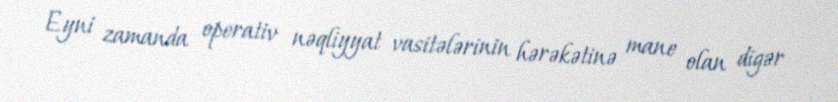
Eyni zamanda operativ nəqliyyat vasitələrinin hərəkətinə mane olan digər